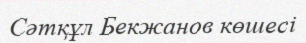
Сәтқұл Бекжанов көшесі